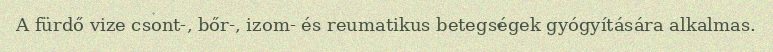
A fürdő vize csont-, bőr-, izom- és reumatikus betegségek gyógyítására alkalmas.